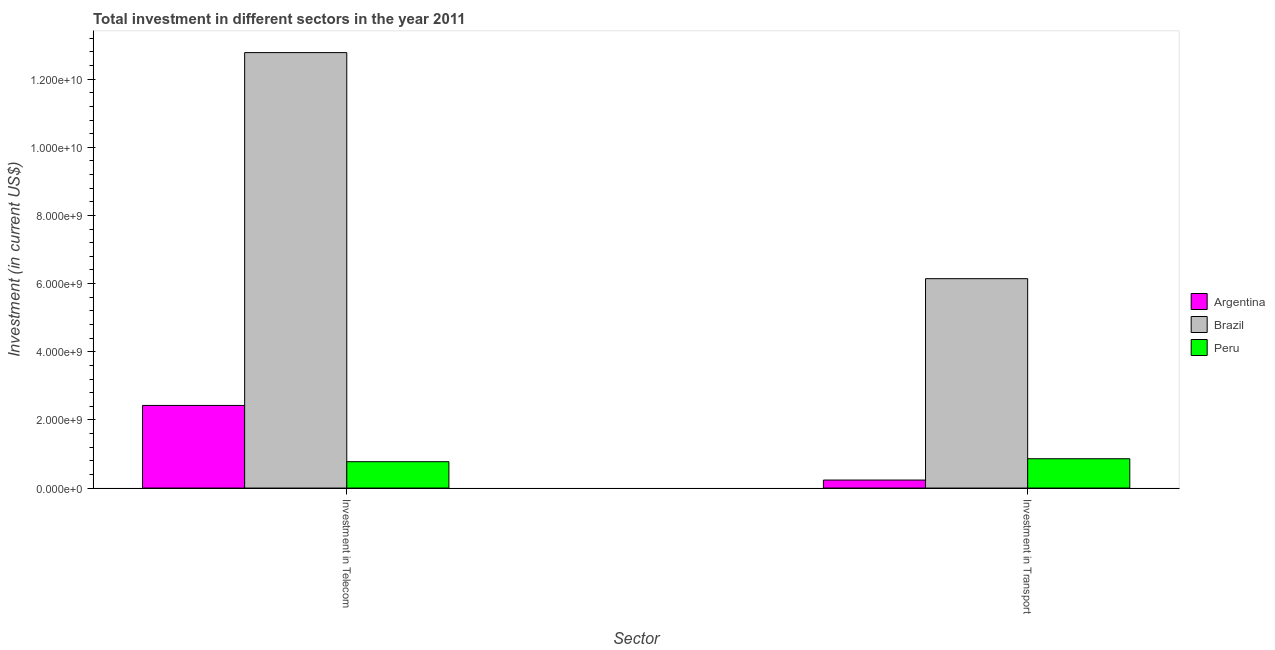
| Sector | Argentina | Brazil | Peru |
 | --- | --- | --- | --- |
 | Investment in Telecom | 2.42e+09 | 1.28e+10 | 7.74e+08 |
 | Investment in Transport | 2.34e+08 | 6.14e+09 | 8.6e+08 |